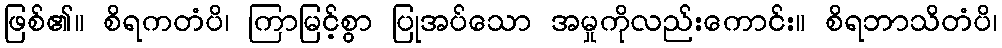
ဖြစ်၏။ စိရကတံပိ၊ ကြာမြင့်စွာ ပြုအပ်သော အမှုကိုလည်းကောင်း။ စိရဘာသိတံပိ၊